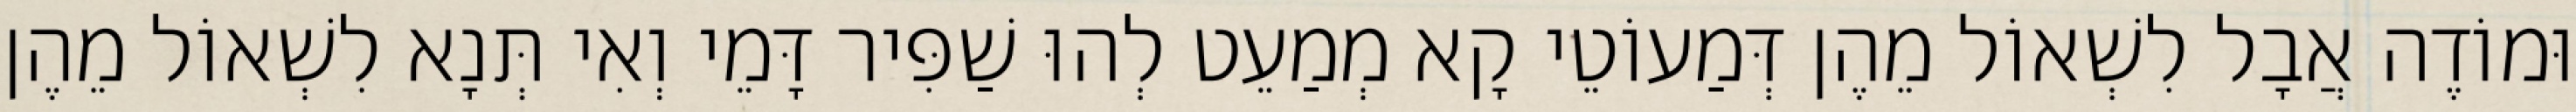
וּמוֹדֶה אֲבָל לִשְׁאוֹל מֵהֶן דְּמַעוֹטֵי קָא מְמַעֵט לְהוּ שַׁפִּיר דָּמֵי וְאִי תְּנָא לִשְׁאוֹל מֵהֶן